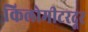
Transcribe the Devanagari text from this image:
किलोमीटरदूर